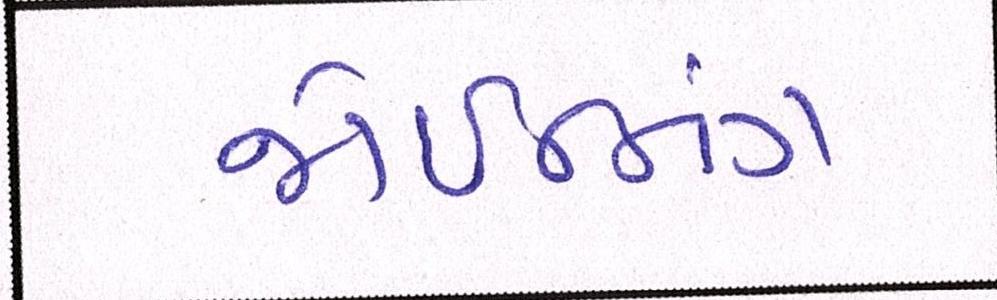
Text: જોઇનિંગ